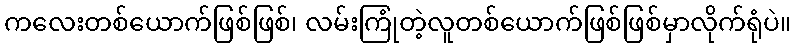
ကလေးတစ်ယောက်ဖြစ်ဖြစ်၊ လမ်းကြုံတဲ့လူတစ်ယောက်ဖြစ်ဖြစ်မှာလိုက်ရုံပဲ။